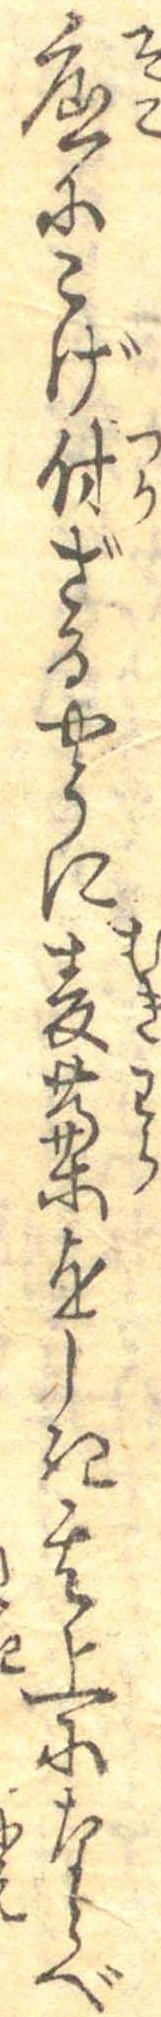
底にこげ付ざるやうに麦藁をしき其上にならべ